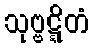
သုဗ္ဗဋ္ဋိတံ